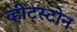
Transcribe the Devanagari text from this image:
व्हीट्स्टोन